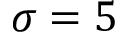
\sigma = 5